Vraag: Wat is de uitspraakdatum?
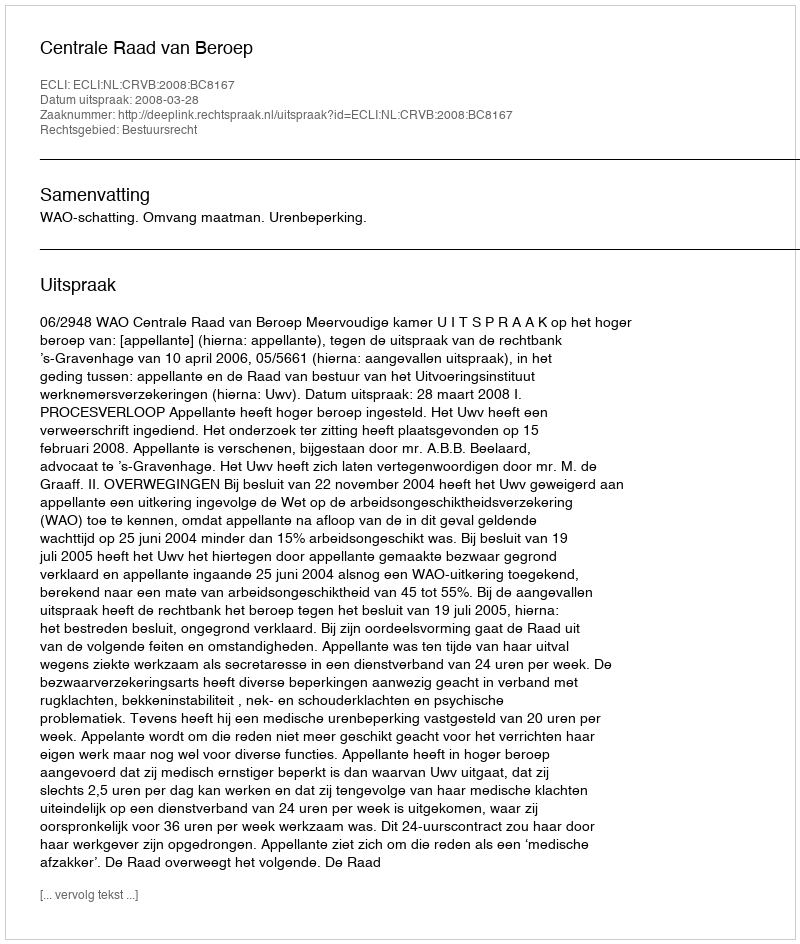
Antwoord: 2008-03-28